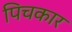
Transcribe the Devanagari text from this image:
पिचकार